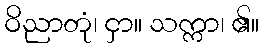
ဝိညာတုံ၊ ငှာ။ သက္ကာ၊ ၏။